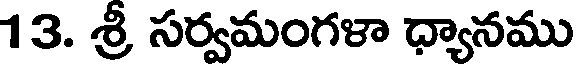
13. శ్రీ సర్వమంగళా ధ్యానము